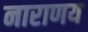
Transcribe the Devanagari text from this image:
नाराणय